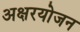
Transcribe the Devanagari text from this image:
अक्षरयोजन